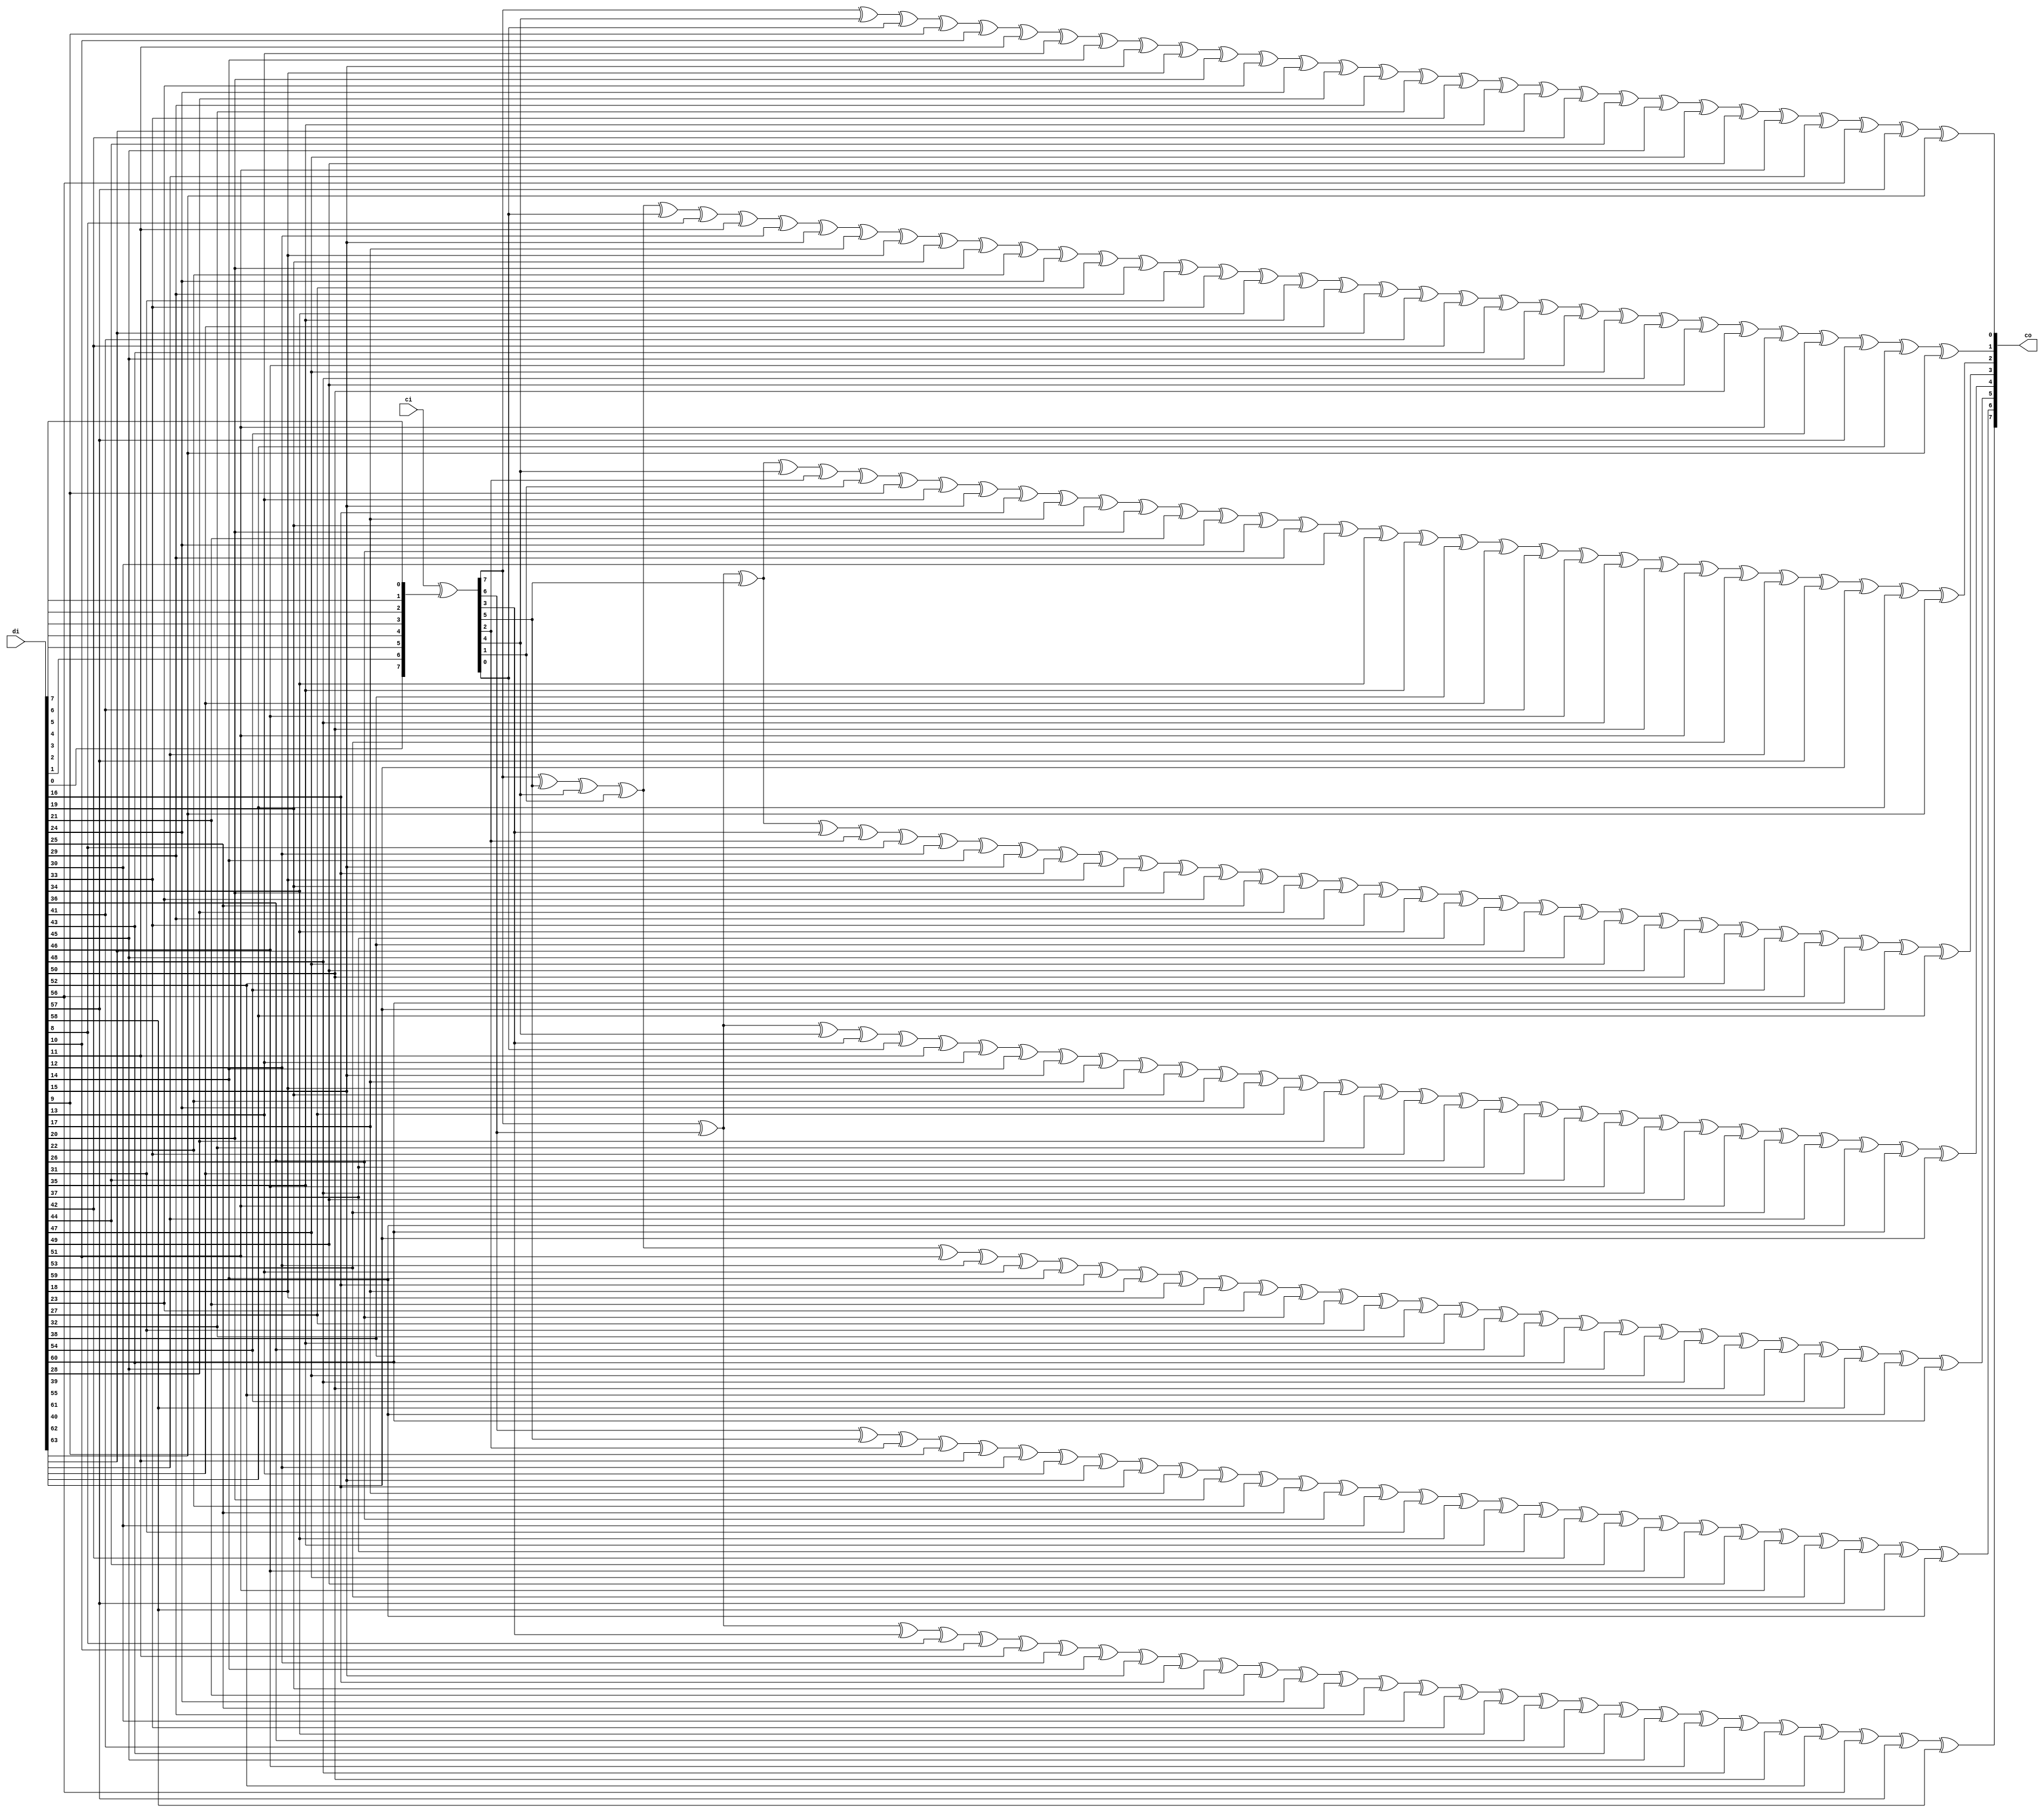
//x8 + x2 + x + 1
module ippcrc_crc8_64b
    (
     ci,
     di,
     
     co
     );
////////////////////////////////////////////////////////////////////////////////
// Parameter declarations

////////////////////////////////////////////////////////////////////////////////
// Port declarations
input [7:0]    ci;
input [63:0]   di;

output [7:0]  co;

////////////////////////////////////////////////////////////////////////////////
// Output declarations
wire [7:0]    co;

////////////////////////////////////////////////////////////////////////////////
// Local logic and instantiation
wire [7:0] swdi;
assign     swdi =  {di[0],di[1],di[2],di[3],di[4],di[5],di[6],di[7]};

wire [7:0] dx;
assign     dx   =  ci[7:0]^swdi[7:0];

assign     co[7]=dx[7]^dx[6]^dx[3]^
           di[8]^di[10]^di[11]^di[12]^di[14]^di[15]^di[16]^di[19]^di[21]^di[24]^di[25]^di[29]^di[30]^di[33]^di[34]^di[36]^di[41]^di[43]^di[45]^di[46]^di[48]^di[50]^di[52]^di[56]^di[57]^di[58];

assign     co[6]=dx[6]^dx[5]^dx[2]^
           di[9]^di[11]^di[12]^di[13]^di[15]^di[16]^di[17]^di[20]^di[22]^di[25]^di[26]^di[30]^di[31]^di[34]^di[35]^di[37]^di[42]^di[44]^di[46]^di[47]^di[49]^di[51]^di[53]^di[57]^di[58]^di[59];

assign     co[5]=dx[7]^dx[5]^dx[4]^dx[1]^
           di[10]^di[12]^di[13]^di[14]^di[16]^di[17]^di[18]^di[21]^di[23]^di[26]^di[27]^di[31]^di[32]^di[35]^di[36]^di[38]^di[43]^di[45]^di[47]^di[48]^di[50]^di[52]^di[54]^di[58]^di[59]^di[60];

assign     co[4]=dx[7]^dx[6]^dx[4]^dx[3]^dx[0]^
           di[11]^di[13]^di[14]^di[15]^di[17]^di[18]^di[19]^di[22]^di[24]^di[27]^di[28]^di[32]^di[33]^di[36]^di[37]^di[39]^di[44]^di[46]^di[48]^di[49]^di[51]^di[53]^di[55]^di[59]^di[60]^di[61];

assign     co[3]=dx[7]^dx[6]^dx[5]^dx[3]^dx[2]^
           di[8]^di[12]^di[14]^di[15]^di[16]^di[18]^di[19]^di[20]^di[23]^di[25]^di[28]^di[29]^di[33]^di[34]^di[37]^di[38]^di[40]^di[45]^di[47]^di[49]^di[50]^di[52]^di[54]^di[56]^di[60]^di[61]^di[62];

assign     co[2]=dx[7]^dx[6]^dx[5]^dx[4]^dx[2]^dx[1]^
           di[9]^di[13]^di[15]^di[16]^di[17]^di[19]^di[20]^di[21]^di[24]^di[26]^di[29]^di[30]^di[34]^di[35]^di[38]^di[39]^di[41]^di[46]^di[48]^di[50]^di[51]^di[53]^di[55]^di[57]^di[61]^di[62]^di[63];

assign     co[1]=dx[7]^dx[5]^dx[4]^dx[1]^dx[0]^
           di[8]^di[11]^di[12]^di[15]^di[17]^di[18]^di[19]^di[20]^di[22]^di[24]^di[27]^di[29]^di[31]^di[33]^di[34]^di[35]^di[39]^di[40]^di[41]^di[42]^di[43]^di[45]^di[46]^di[47]^di[48]^di[49]^di[50]^di[51]^di[54]^di[57]^di[62]^di[63];

assign     co[0]=dx[7]^dx[4]^dx[0]^
           di[9]^di[10]^di[11]^di[13]^di[14]^di[15]^di[18]^di[20]^di[23]^di[24]^di[28]^di[29]^di[32]^di[33]^di[35]^di[40]^di[42]^di[44]^di[45]^di[47]^di[49]^di[51]^di[55]^di[56]^di[57]^di[63];

endmodule